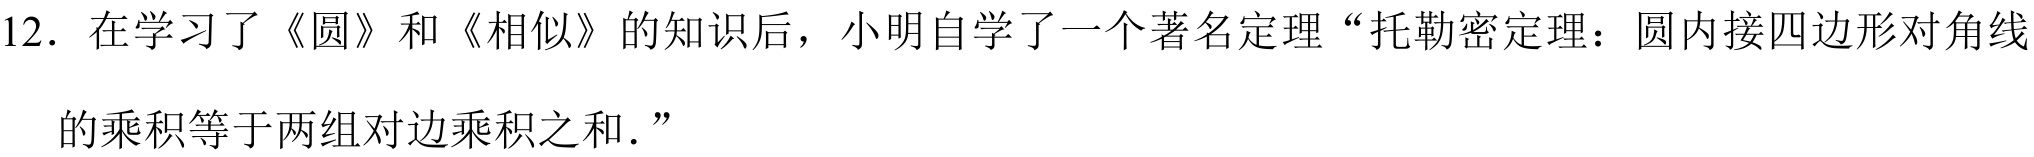
12. 在学习了《圆》和《相似》的知识后，小明自学了一个著名定理“托勒密定理：圆内接四边形对角线
的乘积等于两组对边乘积之和.”